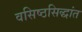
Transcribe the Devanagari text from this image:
वसिष्ठसिद्धांत